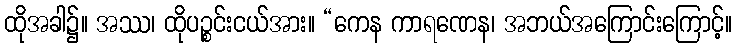
ထိုအခါ၌။ အဿ၊ ထိုပဉ္စင်းငယ်အား။ “ကေန ကာရဏေန၊ အဘယ်အကြောင်းကြောင့်။